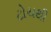
ટોચથી